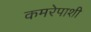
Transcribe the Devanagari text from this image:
कमरेपाशी